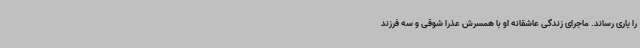
را یاری رساند. ماجرای زندگی عاشقانه او با همسرش عذرا شوقی و سه فرزند